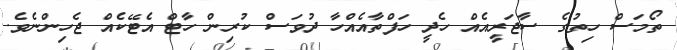
ތޯމަސް ހިތުގެ ސާޖަރީއެއް ހެދީ ހަފްތާއެއްހާ ދުވަސް ކުރިން ހާޓް އެޓޭކެއް ޖެހިންނެވެ.